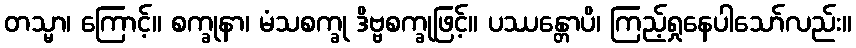
တသ္မာ၊ ကြောင့်။ စက္ခုနာ၊ မံသစက္ခု ဒိဗ္ဗစက္ခုဖြင့်။ ပဿန္တောပိ၊ ကြည့်ရှုနေပါသော်လည်း။